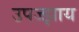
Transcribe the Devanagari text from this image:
उपज्झाय